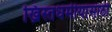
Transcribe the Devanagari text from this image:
ख्रिस्तधर्मीयांसाठी